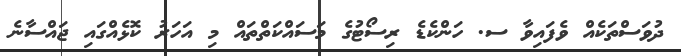
ދުވަސްތަކެއް ވެފައިވާ ސ. ހަންކެޑެ ރިސޯޓުގެ މަސައްކަތްތައް މި އަހަރު ކޮޅެއްގައި ޖައްސާނެ